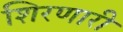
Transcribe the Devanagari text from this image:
शिरणारी